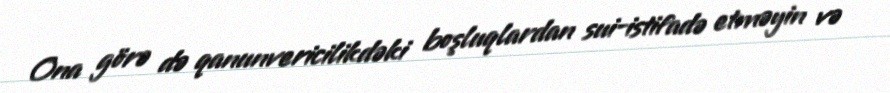
Ona görə də qanunvericilikdəki boşluqlardan sui-istifadə etməyin və